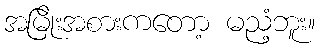
အမြိုးအစားကတော့ မညံ့ဘူး။